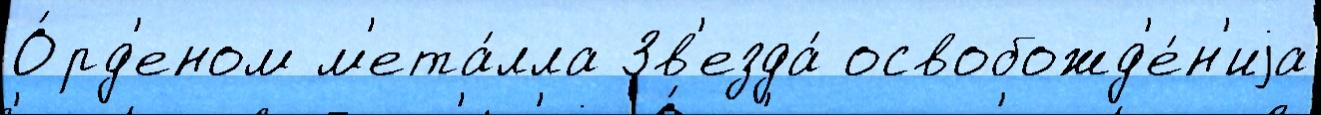
О́рд'еном м'ета́лла Зв'езда́ освобожд'е́н'иjа